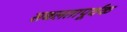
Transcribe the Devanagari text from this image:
सबलतापूर्वक